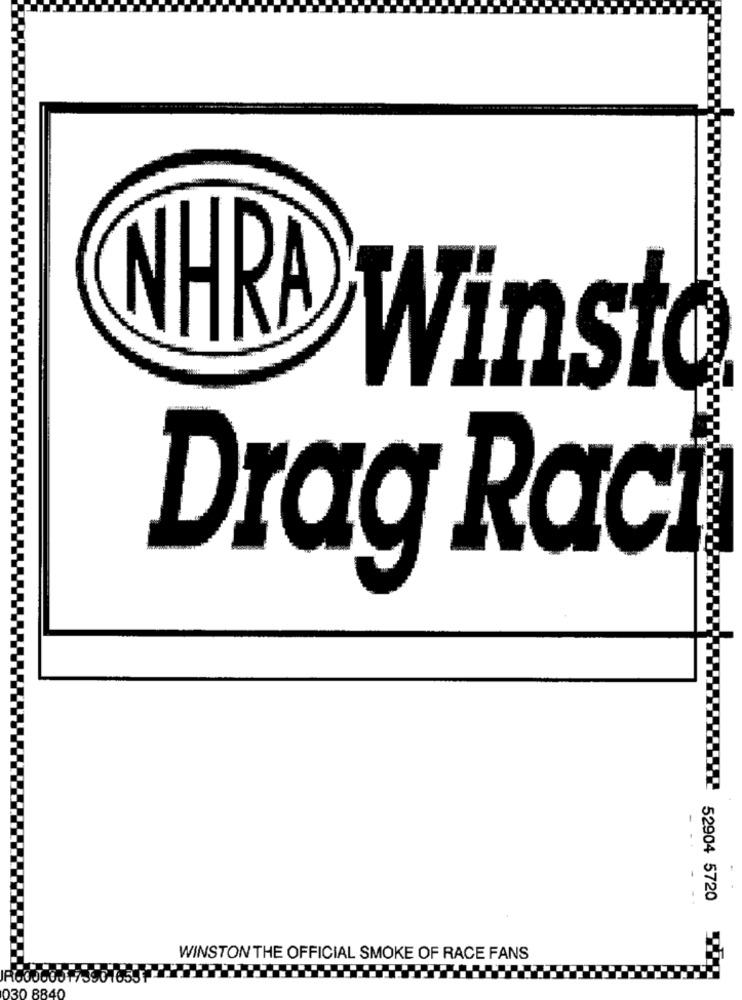
NHRA Winsto
Drag Raci
- ..
52904 5720
WINSTON THE OFFICIAL SMOKE OF RACE FANS
030